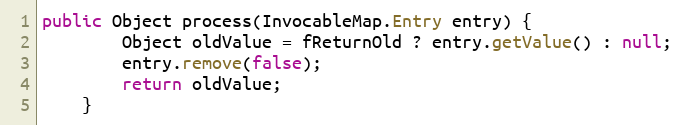
Language: Java
public Object process(InvocableMap.Entry entry) {
        Object oldValue = fReturnOld ? entry.getValue() : null;
        entry.remove(false);
        return oldValue;
    }